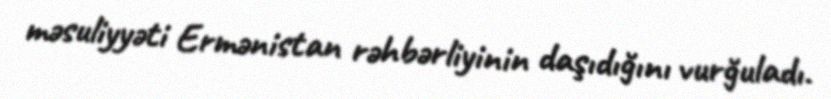
məsuliyyəti Ermənistan rəhbərliyinin daşıdığını vurğuladı.